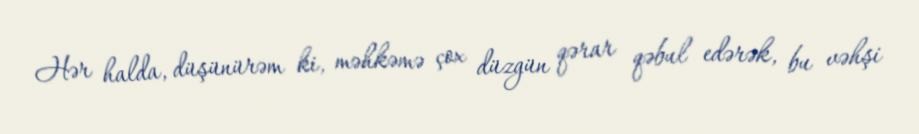
Hər halda, düşünürəm ki, məhkəmə çox düzgün qərar qəbul edərək, bu vəhşi